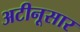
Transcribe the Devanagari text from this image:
अटीनूसार